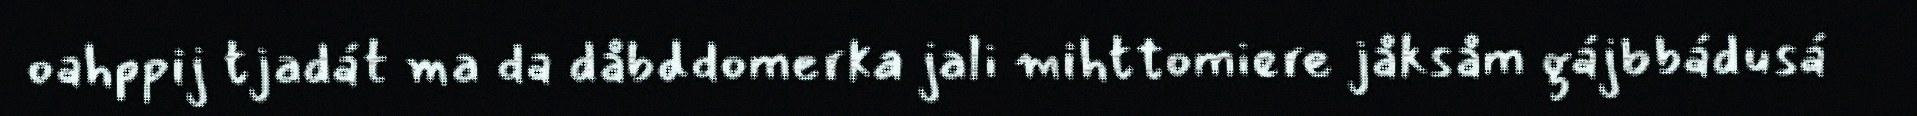
oahppij tjadát ma da dåbddomerka jali mihttomiere jåksåm gájbbádusá